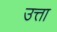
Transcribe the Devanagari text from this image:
उत्ता